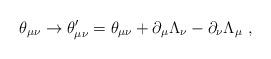
LaTeX: \begin{align*} \theta_{\mu\nu}\rightarrow \theta_{\mu\nu}^\prime = \theta_{\mu\nu} + \partial_\mu\Lambda_\nu -\partial_\nu\Lambda_\mu ~,\end{align*}